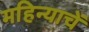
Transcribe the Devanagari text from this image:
महिन्याचें